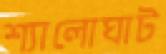
শ্যালোঘাট